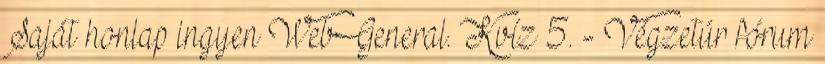
Saját honlap ingyen WebGeneral. Kvíz 5. - Végzetúr fórum